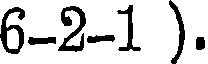
6-2-1 ).